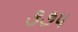
૩૭૫